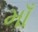
માઁ